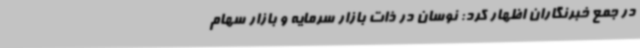
در جمع خبرنگاران اظهار کرد: نوسان در ذات بازار سرمایه و بازار سهام